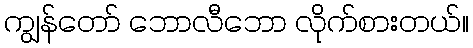
ကျွန်တော် ဘောလီဘော လိုက်စားတယ်။